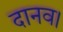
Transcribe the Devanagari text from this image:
दानव।